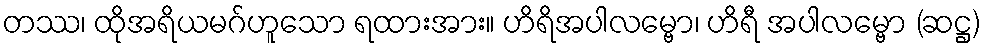
တဿ၊ ထိုအရိယမဂ်ဟူသော ရထားအား။ ဟိရိအပါလမ္ဗော၊ ဟိရီ အပါလမ္ဗော (ဆဋ္ဌ)